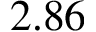
2 . 8 6